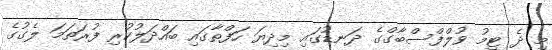
މި ދެ ޓީމު ވުލްފްސްބާގްގެ ދަނޑުގައި މިދިޔަ ހަފްތާގައި ބައްދަލުކުރި ފުރަތަމަ ލެގުގެ